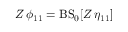
Z \, \phi _ { 1 1 } = \mathrm { B S } _ { 0 } [ Z \, \eta _ { 1 1 } ]